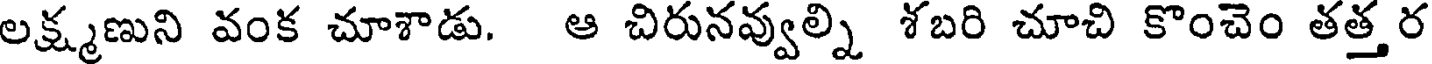
లక్ష్మణుని వంక చూశాడు. ఆ చిరునవ్వుల్ని శబరి చూచి కొంచెం తత్తర